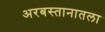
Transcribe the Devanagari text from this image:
अरबस्तानातला